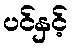
ပင်နှင့်